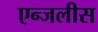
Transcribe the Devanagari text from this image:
एन्जलीस